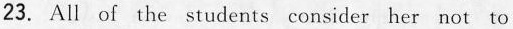
23. All of the students consider her not to